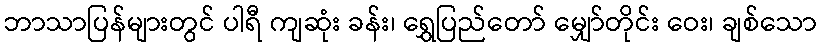
ဘာသာပြန်များတွင် ပါရီ ကျဆုံး ခန်း၊ ရွှေပြည်တော် မျှော်တိုင်း ဝေး၊ ချစ်သော